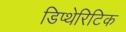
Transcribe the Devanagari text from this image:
डिप्थेरिटिक